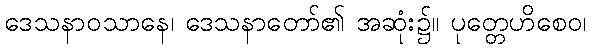
ဒေသနာဝသာနေ၊ ဒေသနာတော်၏ အဆုံး၌။ ပုတ္တေဟိစေဝ၊